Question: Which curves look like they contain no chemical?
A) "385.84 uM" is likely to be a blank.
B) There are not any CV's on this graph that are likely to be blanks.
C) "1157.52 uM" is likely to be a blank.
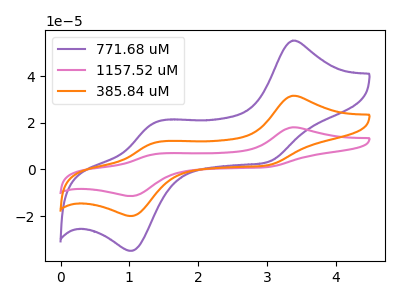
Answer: <think>The purple curve "771.68 uM" has anodic peaks at (3.35V, 55.10uA) (1.40V, 20.10uA) and cathodic peaks at (3.00V, 3.15uA) (1.05V, -34.80uA). The pink curve "1157.52 uM" has anodic peaks at (3.35V, 63.05uA) (1.40V, 23.00uA) and cathodic peaks at (3.00V, 3.60uA) (1.05V, -39.80uA). The orange curve "385.84 uM" has anodic peaks at (3.35V, 31.55uA) (1.40V, 11.50uA) and cathodic peaks at (3.00V, 1.80uA) (1.05V, -19.90uA).</think>
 <answer>B) There are not any CV's on this graph that are likely to be blanks.</answer>
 <eval>B</eval>